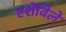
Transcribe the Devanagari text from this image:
एशेविले